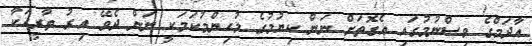
އާދަމްގެ ވިސްނުމުގައި އެގޮތަށް ނަން ކިޔުމުގެ މުހިންމުކަމަކީ ނަން ދެވޭ އިރު ތާރީހަކާ